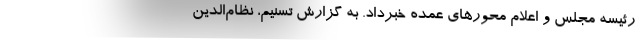
رئیسه مجلس و اعلام محورهای عمده خبرداد. به گزارش تسنیم، نظام‌الدین